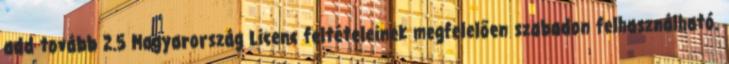
add tovább 2.5 Magyarország Licenc feltételeinek megfelelően szabadon felhasználható.